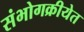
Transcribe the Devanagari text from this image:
संभोगक्रीयेत